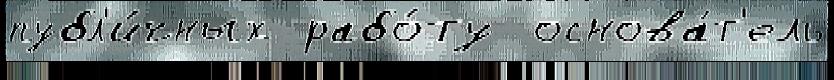
публ'и́чных рабо́ту  основа́т'ель